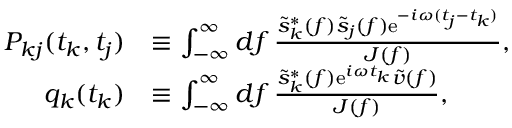
\begin{array} { r l } { P _ { k j } ( t _ { k } , t _ { j } ) } & { \equiv \int _ { - \infty } ^ { \infty } \mathop { d f } \frac { \tilde { s } _ { k } ^ { * } ( f ) \tilde { s } _ { j } ( f ) \mathrm { e } ^ { - i \omega ( t _ { j } - t _ { k } ) } } { J ( f ) } , } \\ { q _ { k } ( t _ { k } ) } & { \equiv \int _ { - \infty } ^ { \infty } \mathop { d f } \frac { \tilde { s } _ { k } ^ { * } ( f ) \mathrm { e } ^ { i \omega t _ { k } } \tilde { v } ( f ) } { J ( f ) } , } \end{array}